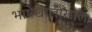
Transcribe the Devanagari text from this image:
भाषेखालोखाल